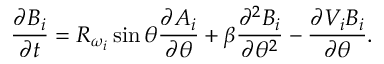
{ \frac { \partial B _ { i } } { \partial t } } = R _ { \omega _ { i } } \sin \theta { \frac { \partial A _ { i } } { \partial \theta } } + \beta { \frac { \partial ^ { 2 } B _ { i } } { \partial \theta ^ { 2 } } } - { \frac { \partial V _ { i } B _ { i } } { \partial \theta } } .